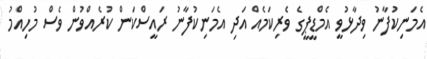
އެމަނިކުފާނު ވިދާޅުވީ އެމްޑީޕީގެ ވެރިކަމެއް އަދި އެމަނިކުފާނު ރައީސްކަން ކުރެއްވުން ވެސް މުހިއްމު